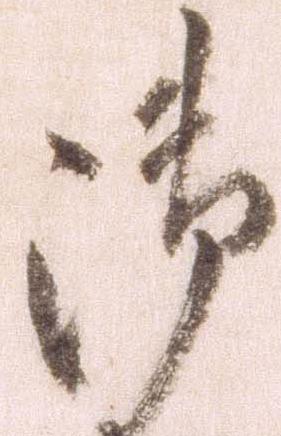
御